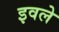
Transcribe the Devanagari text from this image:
इवले